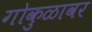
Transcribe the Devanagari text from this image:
गोकुळावर